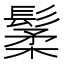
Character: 䰆